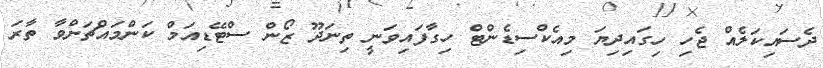
ދެސައިކަލެއް ޖެހި ހިގައިދިޔަ މިއެކްސިޑެންޓް ހިގާފައިވަނީ ތިނަދޫ ޒޯން ސްޓޭޑިއަމް ކަންމައްޗަށްވާ ތާރަ